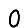
Digit: 0